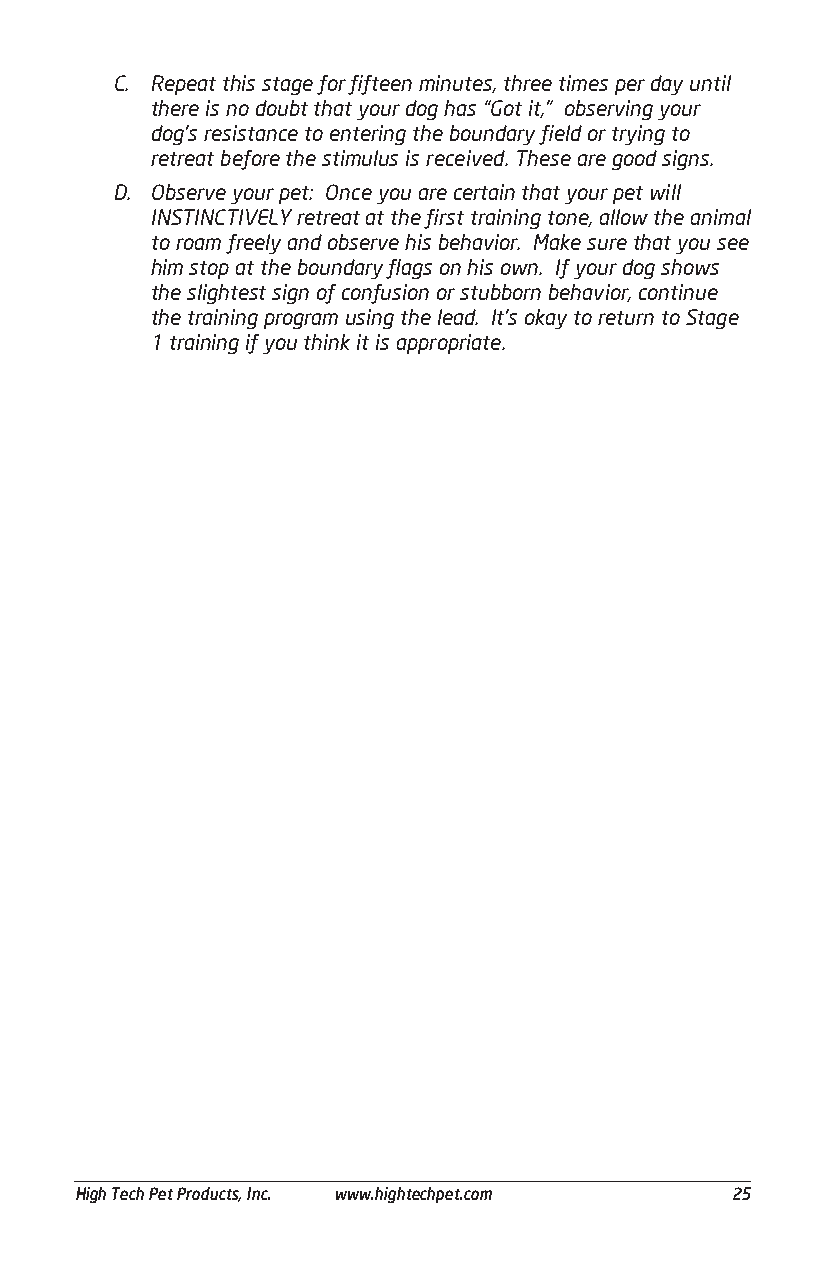
C. Repeat this stage for fifteen minutes, three times per day until
 there is no doubt that your dog has “Got it,” observing your
 dog’s resistance to entering the boundary field or trying to
 retreat before the stimulus is received. These are good signs.
 D. Observe your pet: Once you are certain that your pet will
 INSTINCTIVELY retreat at the first training tone, allow the animal
 to roam freely and observe his behavior. Make sure that you see
 him stop at the boundary flags on his own. If your dog shows
 the slightest sign of confusion or stubborn behavior, continue
 the training program using the lead. It’s okay to return to Stage
 1 training if you think it is appropriate.
 ___________________________________________________________________________________________
 High Tech Pet Products, Inc. www.hightechpet.com 25